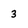
Character: 3